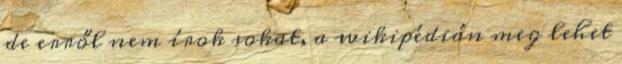
de erről nem írok sokat, a wikipédián meg lehet